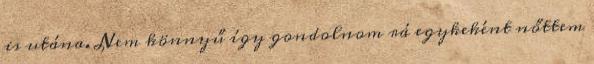
is utána. Nem könnyű így gondolnom rá egykeként nőttem